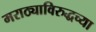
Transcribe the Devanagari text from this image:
मराठ्याविरुद्धच्या